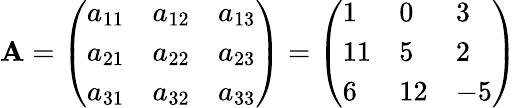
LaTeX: \mathbf{A}={\left(\begin{array}{lll}{a_{11}}&{a_{12}}&{a_{13}}\\ {a_{21}}&{a_{22}}&{a_{23}}\\ {a_{31}}&{a_{32}}&{a_{33}}\end{array}\right)}={\left(\begin{array}{lll}{1}&{0}&{3}\\ {11}&{5}&{2}\\ {6}&{12}&{-5}\end{array}\right)}